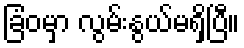
ခြံဝမှာ လွမ်းနွယ်မရှိပြီ။